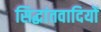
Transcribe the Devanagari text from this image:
सिद्धांतवादियों